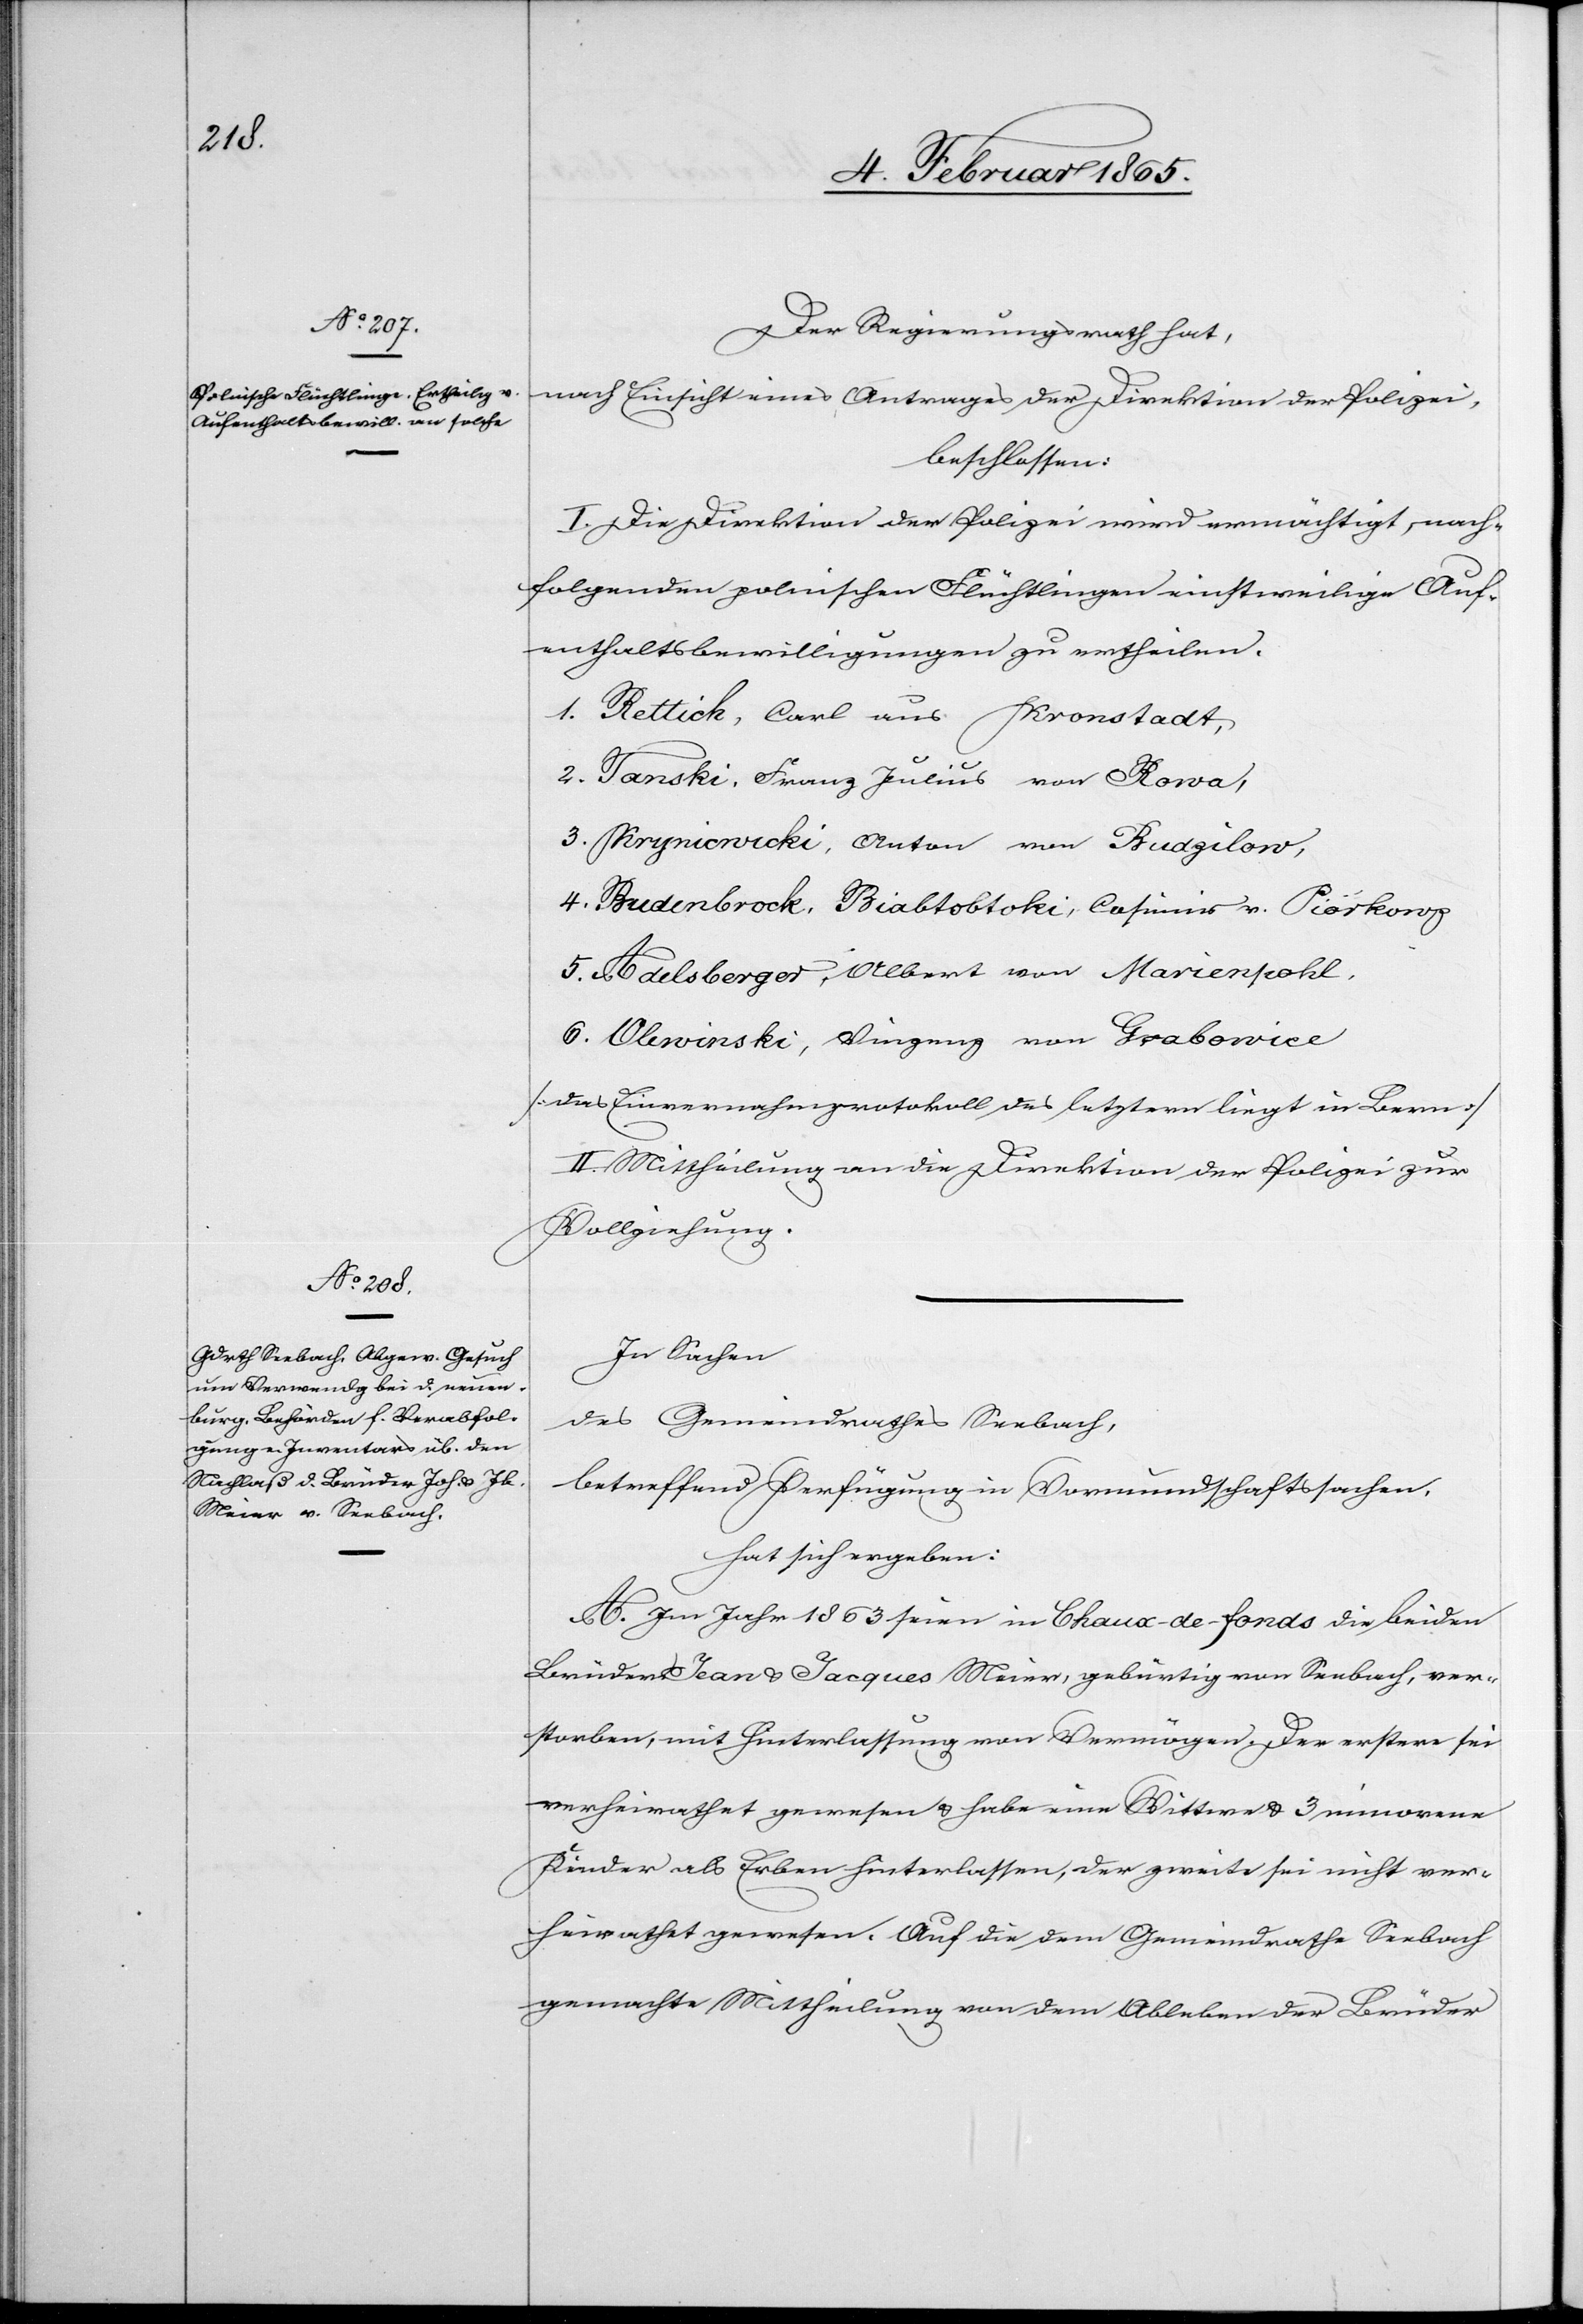
Der Regierungsrath hat,
nach Einsicht eines Antrages der Direktion der Polizei,
beschlossen:
I. Die Direktion der Polizei wird ermächtigt, nach¬
folgenden polnischen Flüchtlingen einstweilige Auf¬
enthaltsbewilligungen zu ertheilen.
1. Rettick, Carl aus Kronstadt,
2. Tanski, Franz Julius von Rowa,
3. Krynicwicki, Anton von Budzikow,
4. Budenbrock, Biabtobtoki, Casimir v. Piorkowz
5. Adelsberger, Albert von Marienpohl,
6. Obwinski, Vinzenz von Grabowice
[das Einvernehmprotokoll des letztern liegt in Bern]
II. Mittheilung an die Direktion der Polizei zur
Vollziehung.
In Sachen
des Gemeindrathes Seebach,
betreffend Verfügung in Vormundschaftssachen,
hat sich ergeben:
A. Im Jahr 1863 seien in Chaux-de-fonds die beiden
Brüder Jean u. Jacques Meier, gebürtig von Seebach, ver¬
storben, mit Hinterlassung von Vermögen. Der erstere sei
verheirathet gewesen u. habe eine Wittwe u. 3 minorene
Kinder als Erben hinterlassen, der zweite sei nicht ver¬
heirathet gewesen. Auf die dem Gemeindrathe Seebach
gemachte Mittheilung von dem Ableben der Brüder